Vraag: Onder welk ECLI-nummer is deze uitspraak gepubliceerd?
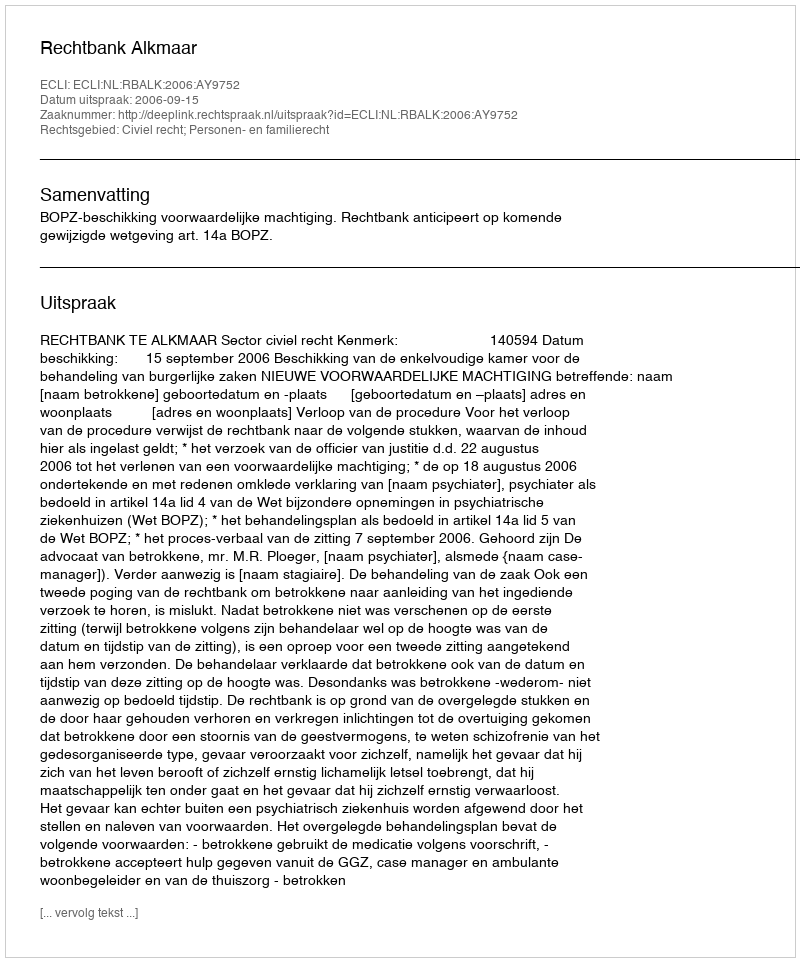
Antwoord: ECLI:NL:RBALK:2006:AY9752